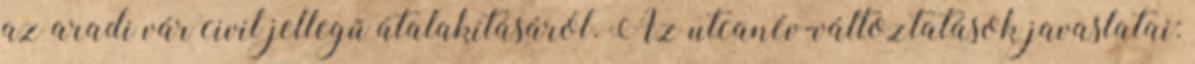
az aradi vár civil jellegű átalakításáról. Az utcanév-változtatások javaslatai: